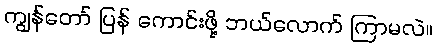
ကျွန်တော် ပြန် ကောင်းဖို့ ဘယ်လောက် ကြာမလဲ။